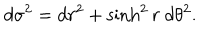
LaTeX: d \sigma ^ { 2 } = d r ^ { 2 } + \sinh ^ { 2 } r \ d \theta ^ { 2 } .